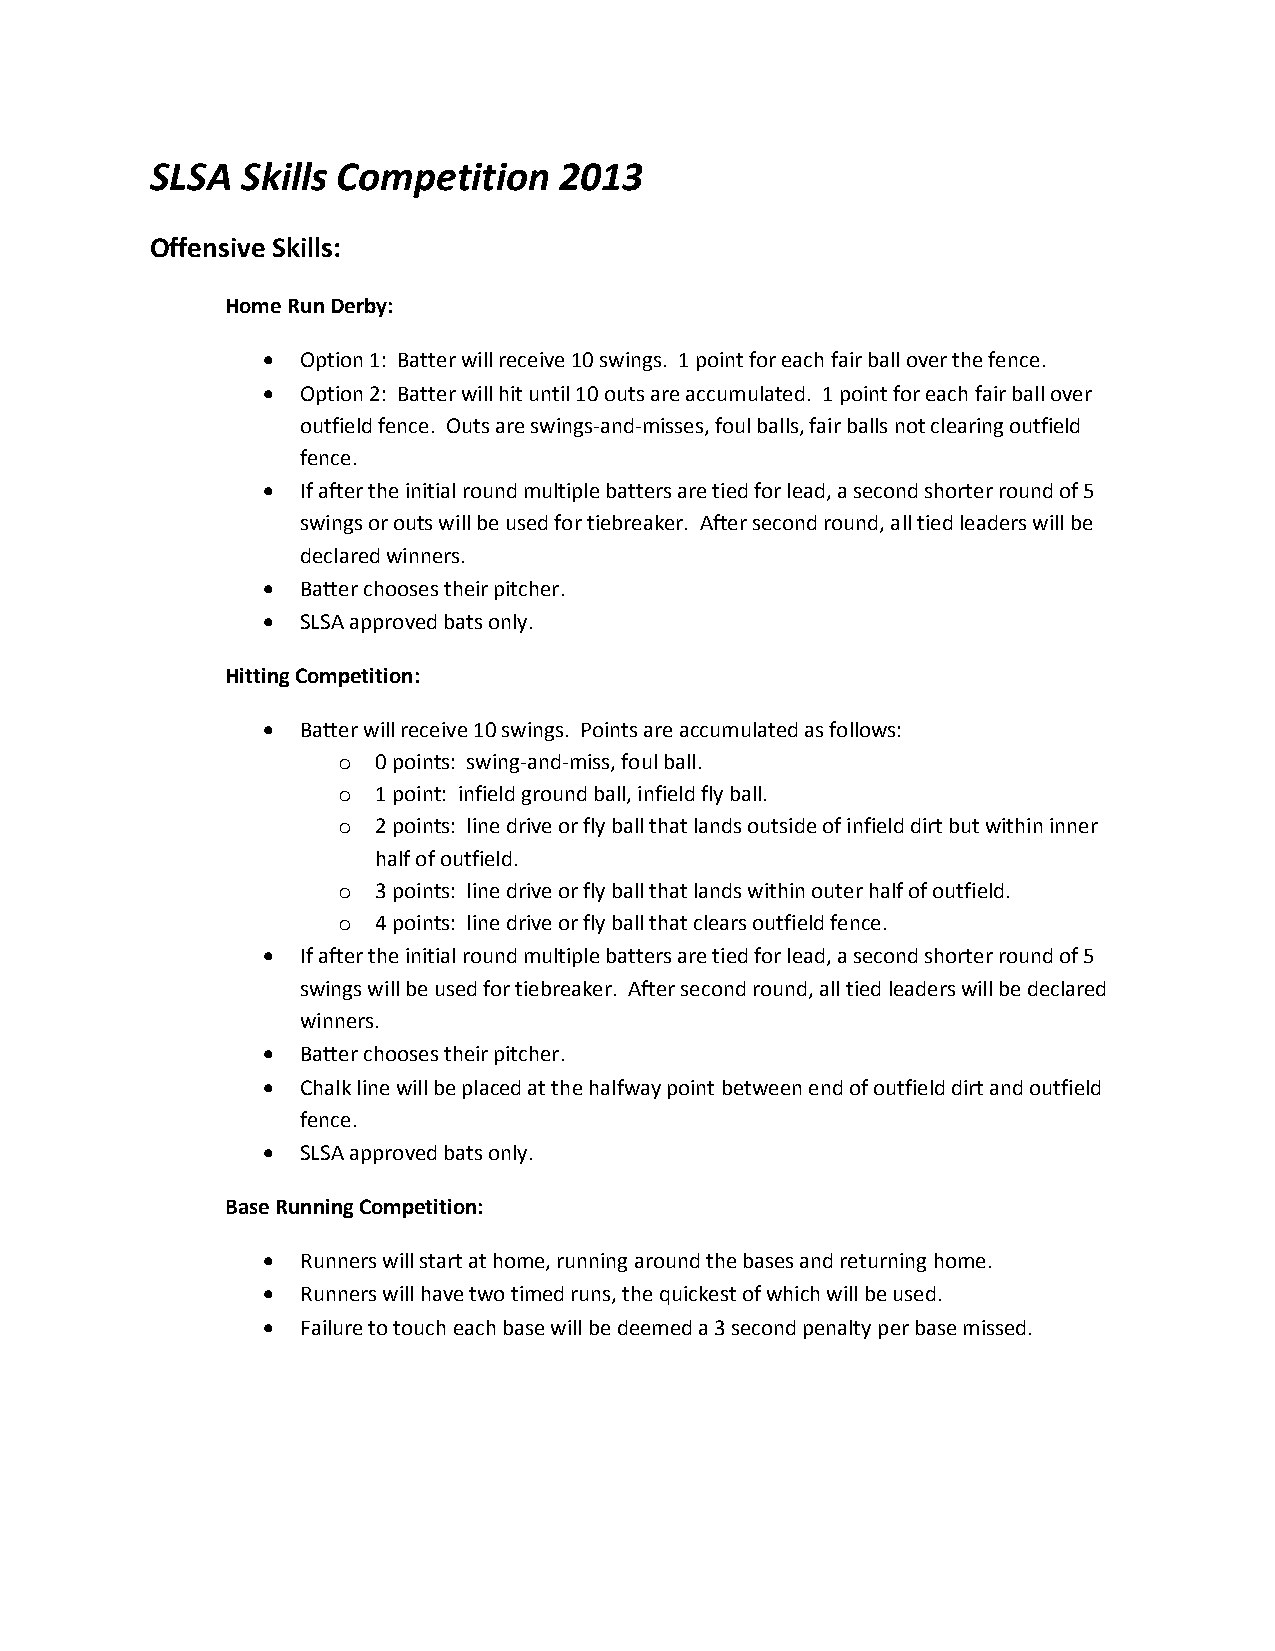
SLSA  Skills Competition   2013
 Offensive Skills:
 Home Run Derby:
   Option 1: Batter will receive 10 swings. 1 point for each fair ball over the fence.
   Option 2: Batter will hit until 10 outs are accumulated. 1 point for each fair ball over
 outfield fence. Outs are swings-and-misses, foul balls, fair balls not clearing outfield
 fence.
   If after the initial round multiple batters are tied for lead, a second shorter round of 5
 swings or outs will be used for tiebreaker. After second round, all tied leaders will be
 declared winners.
   Batter chooses their pitcher.
   SLSA approved bats only.
 Hitting Competition:
   Batter will receive 10 swings. Points are accumulated as follows:
 o  0 points: swing-and-miss, foul ball.
 o  1 point: infield ground ball, infield fly ball.
 o  2 points: line drive or fly ball that lands outside of infield dirt but within inner
 half of outfield.
 o  3 points: line drive or fly ball that lands within outer half of outfield.
 o  4 points: line drive or fly ball that clears outfield fence.
   If after the initial round multiple batters are tied for lead, a second shorter round of 5
 swings will be used for tiebreaker. After second round, all tied leaders will be declared
 winners.
   Batter chooses their pitcher.
   Chalk line will be placed at the halfway point between end of outfield dirt and outfield
 fence.
   SLSA approved bats only.
 Base Running Competition:
   Runners will start at home, running around the bases and returning home.
   Runners will have two timed runs, the quickest of which will be used.
   Failure to touch each base will be deemed a 3 second penalty per base missed.